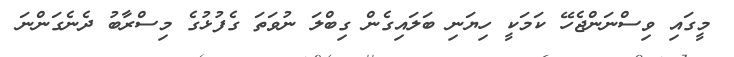
މީގައި ވިސްނަންޖެހޭ ކަމަކީ ހިޔަނި ބަލައިގެން ގިބްލަ ނުވަތަ ގެފުޅުގެ މިސްރާބު ދެނެގަންނަ